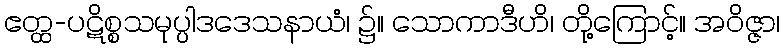
ဧတ္ထ-ပဋိစ္စသမုပ္ပါဒဒေသနာယံ၊ ၌။ သောကာဒီဟိ၊ တို့ကြောင့်။ အဝိဇ္ဇာ၊